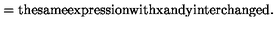
= \mathrm { t h e s a m e e x p r e s s i o n w i t h x a n d y i n t e r c h a n g e d . }